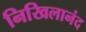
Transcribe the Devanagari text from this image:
निखिलानंद